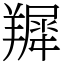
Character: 𦎾